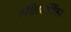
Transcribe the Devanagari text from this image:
रुधिरवर्णिका